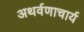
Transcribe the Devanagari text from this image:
अथर्वणाचार्य